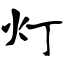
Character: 灯